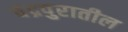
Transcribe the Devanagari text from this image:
चंद्रपुरातील